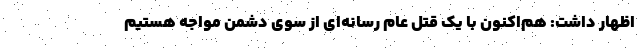
اظهار داشت: هم‌اکنون با یک قتل عام رسانه‌ای از سوی دشمن مواجه هستیم